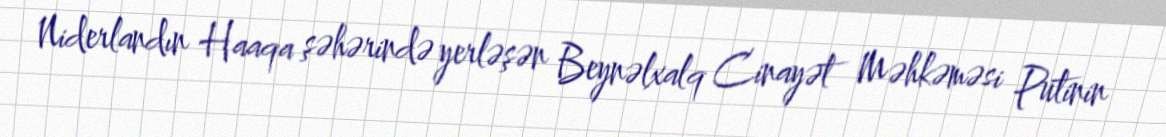
Niderlandın Haaqa şəhərində yerləşən Beynəlxalq Cinayət Məhkəməsi Putinin